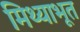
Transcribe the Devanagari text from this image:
मिथ्याभूत